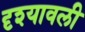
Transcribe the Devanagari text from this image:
दृश्‍यावली